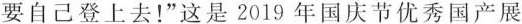
要自己登上去！”这是2019年国庆节优秀国产展